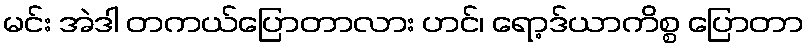
မင်း အဲဒါ တကယ်ပြောတာလား ဟင်၊ ရော့ဒ်ယာကိစ္စ ပြောတာ